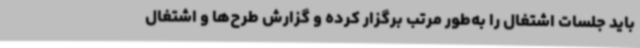
باید جلسات اشتغال را به‌طور مرتب برگزار کرده و گزارش طرح‌ها و اشتغال